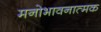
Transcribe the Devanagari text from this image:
मनोभावनात्मक